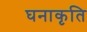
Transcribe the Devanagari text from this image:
घनाकृति